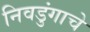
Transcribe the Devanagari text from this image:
निवडुंगाचे